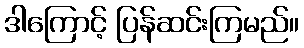
ဒါကြောင့် ပြန်ဆင်းကြမည်။